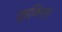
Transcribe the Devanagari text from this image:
जुडकिन्स